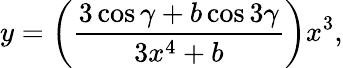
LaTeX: y=\left(\frac{3\cos\gamma+b\cos 3\gamma}{3x^{4}+b}\right)x^{3},